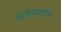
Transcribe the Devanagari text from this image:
अजबगजब